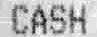
CASH